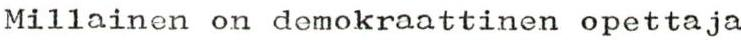
Millainen on demokraattinen opettaja